Annual administration report of the Civil Veterinary Department of India - 1895-1896
Year: 1895
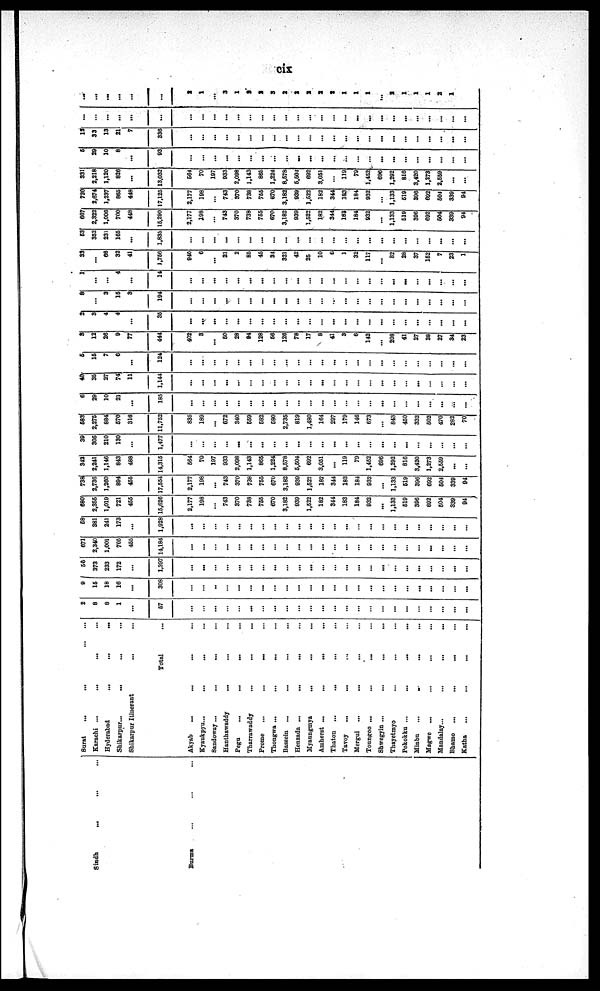
cix
Sindh ... ... ...
Burma ... ... ...
Surat
... ... ... ...
Karachi ... ... ... ...
Hyderabad ... ... ...
Shikarpur... ... ... ...
Shikarpur Itinerant ... ... ...
TOTAL ...
Akyab
... ... ... ...
Kyaukpyu... ... ... ...
Sandoway ... ... ... ...
Hanthawaddy ... ... ...
Pegu ... ... ...
Tharrawaddy ... ... ...
Prome ... ... ... ...
Thongwa ... ... ... ...
Bassein ... ... ... ...
Henzada ... ... ... ...
Myaungmya ... ... ...
Amherst ... ... ... ...
Thaton
... ... ... ...
Tavoy
... ... ... ...
Mergui
... ... ... ...
Toungoo ... ... ... ...
Shwegyin ... ... ... ...
Thayetmyo ... ... ...
Pokokku ... ... ... ...
Minbu ... ... ...
Mogwe
... ... ... ...
Mandalay... ... ... ...
Bhamo ... ... ... ...
Katha ... ... ... ...
2
8
8
1
...
67
...
...
...
...
...
...
...
...
...
...
...
...
...
...
...
...
...
...
...
...
...
...
...
...
9
16
18
16
...
309
...
...
..
...
...
...
...
...
...
...
...
...
...
...
...
...
...
...
...
...
...
...
...
...
56
373
233
172
...
1,397
...
...
...
...
...
...
...
...
...
...
...
...
...
...
...
...
...
...
...
...
...
...
...
671
2,340
1,001
705
455
14,184
...
...
...
...
...
...
...
...
...
...
...
...
...
...
...
...
...
...
...
...
...
...
...
...
68
381
241
173
...
1,928
...
...
...
...
...
...
...
...
...
...
...
...
...
...
...
...
...
...
...
...
...
...
...
...
680
2,355
1,019
721
455
15,626
2,177
198
...
743
370
738
765
670
3,182
939
1,522
182
344
183
184
932
...
1,133
619
396
692
604
339
94
738
2,736
1,260
894
455
17,554
2,177
198
...
743
370
738
755
670
3,182
939
1,522
182
344
183
184
932
...
1,133
619
396
692
604
339
94
342
2,241
1,146
843
488
14,315
664
70
197
933
2,098
1,143
865
1,224
8,678
5,504
692
3,051
...
119
79
1,452
696
1,292
816
3,420
1,273
2,559
...
...
39
305
210
130
...
1,477
...
...
...
...
...
...
...
...
...
...
...
...
...
...
...
...
...
...
...
...
...
...
...
683
2,276
884
570
316
11,752
835
189
...
672
340
659
682
680
2,735
819
1,480
164
297
179
146
673
...
843
450
332
602
470
282
70
6
29
10
21
...
185
...
...
...
...
...
...
...
...
...
...
...
...
...
...
...
...
...
...
...
...
...
...
...
...
40
35
27
74
11
1,144
...
...
...
...
...
...
...
...
...
...
...
...
...
...
...
...
...
...
...
...
...
...
...
...
5
16
7
6
...
124
...
...
...
...
...
...
...
...
...
...
...
...
...
...
...
...
...
...
...
...
...
...
...
...
3
12
26
9
77
444
402
3
...
50
28
94
128
66
126
78
17
8
41
3
6
142
...
208
41
27
38
27
34
23
2
3
4
4
...
35
...
...
...
...
...
...
...
...
...
...
...
...
...
...
...
...
...
...
...
...
...
...
...
...
8
...
3
16
3
194
...
...
...
...
...
...
...
...
...
...
...
...
...
...
...
...
...
...
...
...
...
...
...
...
1
...
...
4
...
14
...
...
...
...
...
...
...
...
...
...
...
...
...
...
...
...
...
...
...
...
...
...
...
...
83
...
66
32
41
1,766
940
6
...
21
2
85
45
31
321
42
25
10
6
1
32
117
...
82
28
37
162
7
23
1
63
352
231
165
...
1,835
...
...
...
...
...
...
...
...
...
...
...
...
...
...
...
...
...
...
...
...
...
...
...
...
667
2,322
1,006
700
448
15,290
2,177
198
...
743
370
738
755
670
3,182
939
1,622
182
344
183
184
932
...
1,133
619
396
692
504
339
94
720
2,674
1,237
865
448
17,125
2,177
198
...
743
370
738
755
670
3,182
939
1,522
182
344
183
184
932
...
1,133
519
396
692
604
339
94
331
2,218
1,120
826
...
13,032
664
70
197
933
2,098
1,143
865
1,224
8,578
5,504
692
3,051
...
119
79
1,452
696
1,292
816
3,420
1,273
2,559
...
...
6
29
10
8
...
93
...
...
...
...
...
...
...
...
...
...
...
...
...
...
...
...
...
...
...
...
...
...
...
...
13
33
13
21
7
336
...
...
...
...
...
...
...
...
...
...
...
...
...
...
...
...
...
...
...
...
...
...
...
...
...
...
...
...
...
...
...
...
...
...
...
...
...
...
...
...
...
...
...
...
.....
...
...
...
...
...
...
...
...
...
...
...
...
...
...
...
2
1
...
3
1
2
2
3
2
2
2
2
2
1
1
1
...
2
1
1
1
2
1